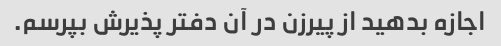
اجازه بدهید از پیرزن در آن دفتر پذیرش بپرسم.